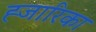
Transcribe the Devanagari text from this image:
ह्जारिका